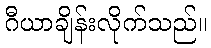
ဂီယာချိန်းလိုက်သည်။